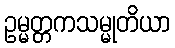
ဥမ္မတ္တကသမ္မုတိယာ